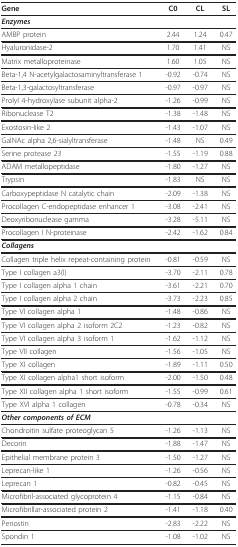
<table><thead><tr><td><b>Gene</b></td><td><b>C0</b></td><td><b>CL</b></td><td><b>SL</b></td></tr></thead><tbody><tr><td><b><i>Enzymes</i></b></td><td></td><td></td><td></td></tr><tr><td>AMBP protein</td><td>2.44</td><td>1.24</td><td>0.47</td></tr><tr><td>Hyaluronidase-2</td><td>1.70</td><td>1.41</td><td>NS</td></tr><tr><td>Matrix metalloproteinase</td><td>1.60</td><td>1.05</td><td>NS</td></tr><tr><td>Beta-1,4 N-acetylgalactosaminyltransferase 1</td><td>-0.92</td><td>-0.74</td><td>NS</td></tr><tr><td>Beta-1,3-galactosyltransferase</td><td>-0.97</td><td>-0.97</td><td>NS</td></tr><tr><td>Prolyl 4-hydroxylase subunit alpha-2</td><td>-1.26</td><td>-0.99</td><td>NS</td></tr><tr><td>Ribonuclease T2</td><td>-1.38</td><td>-1.48</td><td>NS</td></tr><tr><td>Exostosin-like 2</td><td>-1.43</td><td>-1.07</td><td>NS</td></tr><tr><td>GalNAc alpha 2,6-sialyltransferase</td><td>-1.48</td><td>NS</td><td>0.49</td></tr><tr><td>Serine protease 23</td><td>-1.55</td><td>-1.19</td><td>0.88</td></tr><tr><td>ADAM metallopeptidase</td><td>-1.80</td><td>-1.27</td><td>NS</td></tr><tr><td>Trypsin</td><td>-1.83</td><td>NS</td><td>NS</td></tr><tr><td>Carboxypeptidase N catalytic chain</td><td>-2.09</td><td>-1.38</td><td>NS</td></tr><tr><td>Procollagen C-endopeptidase enhancer 1</td><td>-3.08</td><td>-2.41</td><td>NS</td></tr><tr><td>Deoxyribonuclease gamma</td><td>-3.28</td><td>-5.11</td><td>NS</td></tr><tr><td>Procollagen I N-proteinase</td><td>-2.42</td><td>-1.62</td><td>0.84</td></tr><tr><td><b><i>Collagens</i></b></td><td></td><td></td><td></td></tr><tr><td>Collagen triple helix repeat-containing protein</td><td>-0.81</td><td>-0.59</td><td>NS</td></tr><tr><td>Type I collagen a3(I)</td><td>-3.70</td><td>-2.11</td><td>0.78</td></tr><tr><td>Type I collagen alpha 1 chain</td><td>-3.61</td><td>-2.21</td><td>0.70</td></tr><tr><td>Type I collagen alpha 2 chain</td><td>-3.73</td><td>-2.23</td><td>0.85</td></tr><tr><td>Type VI collagen alpha 1</td><td>-1.48</td><td>-0.86</td><td>NS</td></tr><tr><td>Type VI collagen alpha 2 isoform 2C2</td><td>-1.23</td><td>-0.82</td><td>NS</td></tr><tr><td>Type VI collagen alpha 3 isoform 1</td><td>-1.62</td><td>-1.12</td><td>NS</td></tr><tr><td>Type VII collagen</td><td>-1.56</td><td>-1.05</td><td>NS</td></tr><tr><td>Type XI collagen</td><td>-1.89</td><td>-1.11</td><td>0.50</td></tr><tr><td>Type XI collagen alpha1 short isoform</td><td>-2.00</td><td>-1.50</td><td>0.48</td></tr><tr><td>Type XII collagen alpha 1 short isoform</td><td>-1.55</td><td>-0.99</td><td>0.61</td></tr><tr><td>Type XVI alpha 1 collagen</td><td>-0.78</td><td>-0.34</td><td>NS</td></tr><tr><td><b><i>Other components of ECM</i></b></td><td></td><td></td><td></td></tr><tr><td>Chondroitin sulfate proteoglycan 5</td><td>-1.26</td><td>-1.13</td><td>NS</td></tr><tr><td>Decorin</td><td>-1.88</td><td>-1.47</td><td>NS</td></tr><tr><td>Epithelial membrane protein 3</td><td>-1.50</td><td>-1.27</td><td>NS</td></tr><tr><td>Leprecan-like 1</td><td>-1.26</td><td>-0.56</td><td>NS</td></tr><tr><td>Leprecan 1</td><td>-0.82</td><td>-0.45</td><td>NS</td></tr><tr><td>Microfibril-associated glycoprotein 4</td><td>-1.15</td><td>-0.84</td><td>NS</td></tr><tr><td>Microfibrillar-associated protein 2</td><td>-1.41</td><td>-1.18</td><td>0.40</td></tr><tr><td>Periostin</td><td>-2.83</td><td>-2.22</td><td>NS</td></tr><tr><td>Spondin 1</td><td>-1.08</td><td>-1.02</td><td>NS</td></tr></tbody></table>